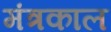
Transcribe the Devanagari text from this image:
मंत्रकाल